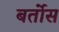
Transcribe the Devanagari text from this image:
बर्तोस